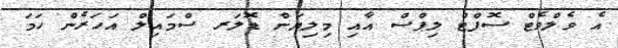
އެ ވެލްވެޓް ސޮފްޓް ލިޕްސް އާއި މިލިޔަން ޑޮލަރ ސްމައިލް އަހަރެން ހަމަ